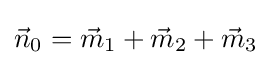
{\vec {n}}_{0}={\vec {m}}_{1}+{\vec {m}}_{2}+{\vec {m}}_{3}